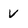
Character: V